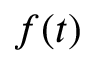
f ( t )